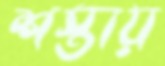
শস্তায়